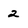
Character: 2